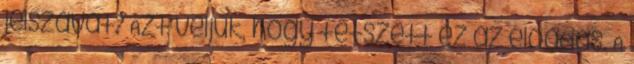
jelszavát? Azt véljük, hogy tetszett ez az előadás. A